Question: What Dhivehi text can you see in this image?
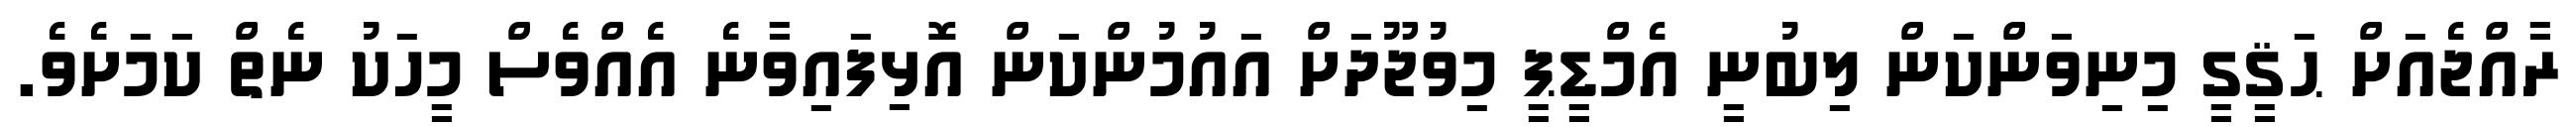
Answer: ރާއްޖެއަށް ޙަޤީގީ މިނިވަންކަން ލިބުނީ އެމްޑީޕީ މިވުޖޫދަށް އައުމުންކަން އޮޅިފައިވާނެ އެއްވެސް މީހަކު ނެތް ކަމަށެވެ.